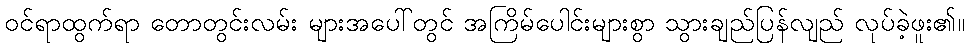
ဝင်ရာထွက်ရာ တောတွင်းလမ်း များအပေါ်တွင် အကြိမ်ပေါင်းများစွာ သွားချည်ပြန်လျည် လုပ်ခဲ့ဖူး၏။